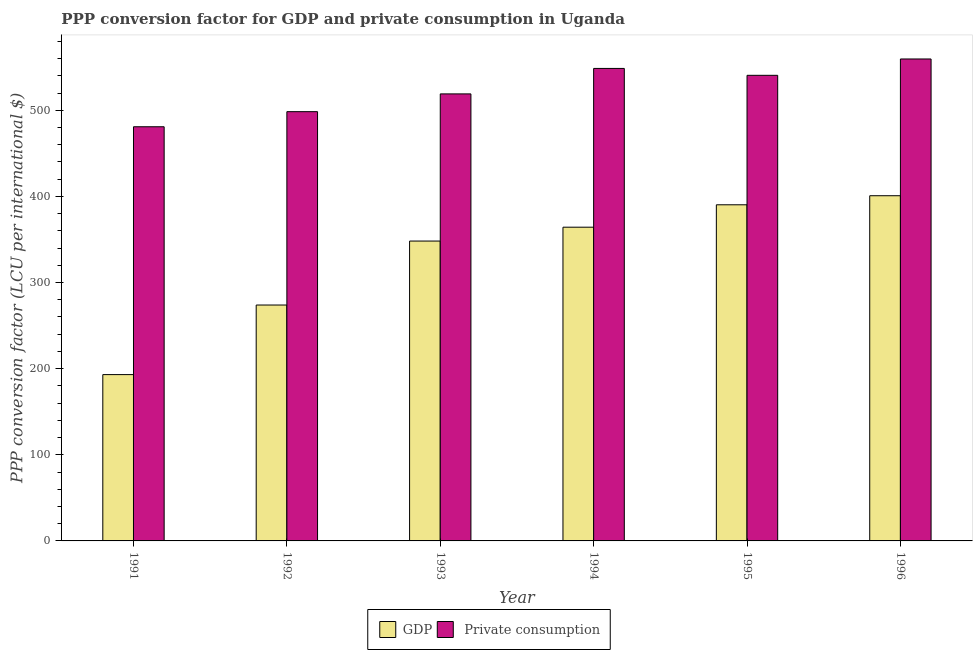
| Year | GDP |  Private consumption |
 | --- | --- | --- |
 | 1991 | 193 | 481 |
 | 1992 | 274 | 498 |
 | 1993 | 348 | 519 |
 | 1994 | 364 | 549 |
 | 1995 | 390 | 541 |
 | 1996 | 401 | 560 |